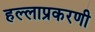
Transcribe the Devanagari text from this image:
हल्लाप्रकरणी